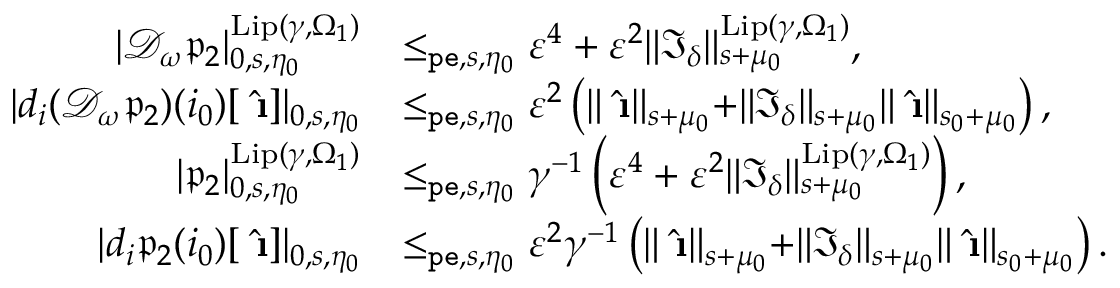
\begin{array} { r l } { | \mathcal { D } _ { \omega } \mathfrak { p } _ { 2 } | _ { 0 , s , \eta _ { 0 } } ^ { \mathrm { L i p } ( \gamma , \Omega _ { 1 } ) } } & { \le _ { \mathtt { p e } , s , \eta _ { 0 } } \varepsilon ^ { 4 } + \varepsilon ^ { 2 } \rVert \mathfrak { I } _ { \delta } \rVert _ { s + \mu _ { 0 } } ^ { \mathrm { L i p } ( \gamma , \Omega _ { 1 } ) } , } \\ { | d _ { i } ( \mathcal { D } _ { \omega } \mathfrak { p } _ { 2 } ) ( i _ { 0 } ) [ \hat { \textbf { \i } } ] | _ { 0 , s , \eta _ { 0 } } } & { \le _ { \mathtt { p e } , s , \eta _ { 0 } } \varepsilon ^ { 2 } \left( \rVert \hat { \textbf { \i } } \rVert _ { s + \mu _ { 0 } } + \rVert \mathfrak { I } _ { \delta } \rVert _ { s + \mu _ { 0 } } \rVert \hat { \textbf { \i } } \rVert _ { s _ { 0 } + \mu _ { 0 } } \right) , } \\ { | \mathfrak { p } _ { 2 } | _ { 0 , s , \eta _ { 0 } } ^ { \mathrm { L i p } ( \gamma , \Omega _ { 1 } ) } } & { \le _ { \mathtt { p e } , s , \eta _ { 0 } } \gamma ^ { - 1 } \left( \varepsilon ^ { 4 } + \varepsilon ^ { 2 } \rVert \mathfrak { I } _ { \delta } \rVert _ { s + \mu _ { 0 } } ^ { \mathrm { L i p } ( \gamma , \Omega _ { 1 } ) } \right) , } \\ { | d _ { i } \mathfrak { p } _ { 2 } ( i _ { 0 } ) [ \hat { \textbf { \i } } ] | _ { 0 , s , \eta _ { 0 } } } & { \le _ { \mathtt { p e } , s , \eta _ { 0 } } \varepsilon ^ { 2 } \gamma ^ { - 1 } \left( \rVert \hat { \textbf { \i } } \rVert _ { s + \mu _ { 0 } } + \rVert \mathfrak { I } _ { \delta } \rVert _ { s + \mu _ { 0 } } \rVert \hat { \textbf { \i } } \rVert _ { s _ { 0 } + \mu _ { 0 } } \right) . } \end{array}